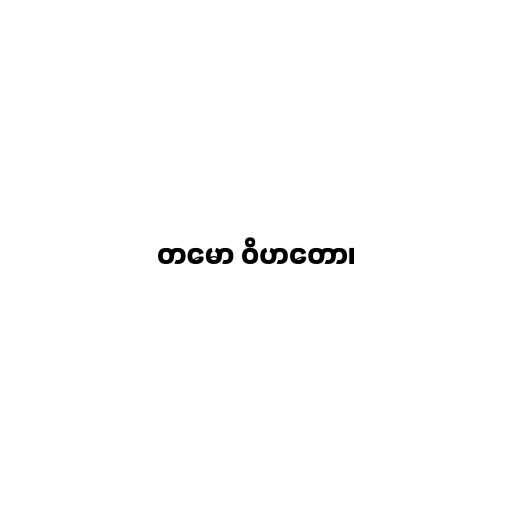
တမော ဝိဟတော၊